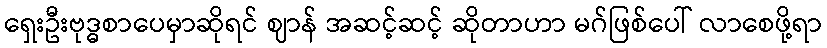
ရှေးဦးဗုဒ္ဓစာပေမှာဆိုရင် ဈာန် အဆင့်ဆင့် ဆိုတာဟာ မဂ်ဖြစ်ပေါ် လာစေဖို့ရာ